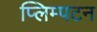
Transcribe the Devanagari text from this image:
प्लिम्पटन